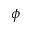
\phi